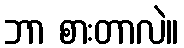
ဘာ စားတာလဲ။